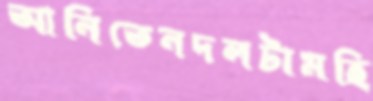
আনিতেনদলটামহি